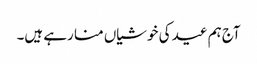
آج ہم عید کی خوشیاں منا رہے ہیں۔